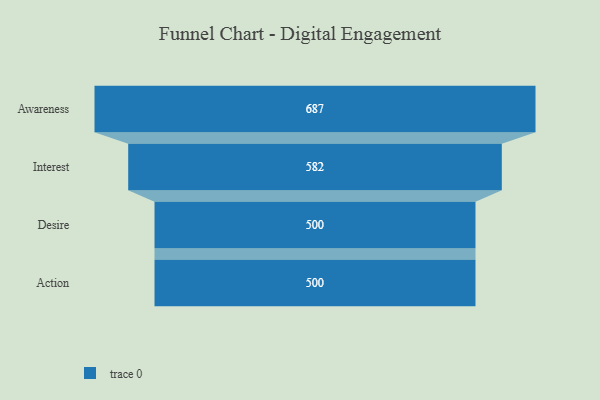
{"axis": {"x": "Stage", "y": "Value"}, "legend": [""], "data": [{"x": "Awareness", "y": 687.0, "type": ""}, {"x": "Interest", "y": 582.0, "type": ""}, {"x": "Desire", "y": 500, "type": ""}, {"x": "Action", "y": 500, "type": ""}]}